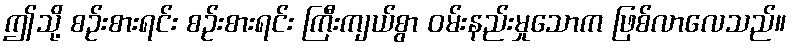
ဤသို့ စဉ်းစားရင်း စဉ်းစားရင်း ကြီးကျယ်စွာ ဝမ်းနည်းမှုသောက ဖြစ်လာလေသည်။